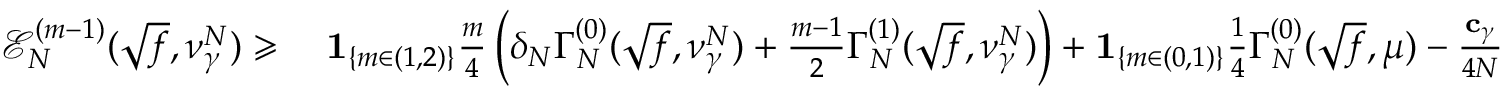
\begin{array} { r l } { \mathcal { E } _ { N } ^ { ( m - 1 ) } ( \sqrt { f } , \nu _ { \gamma } ^ { N } ) \geqslant } & { \; \mathbf { 1 } _ { \{ m \in ( 1 , 2 ) \} } \frac { m } { 4 } \left( \delta _ { N } \Gamma _ { N } ^ { ( 0 ) } ( \sqrt { f } , \nu _ { \gamma } ^ { N } ) + \frac { m - 1 } { 2 } \Gamma _ { N } ^ { ( 1 ) } ( \sqrt { f } , \nu _ { \gamma } ^ { N } ) \right) + \mathbf { 1 } _ { \{ m \in ( 0 , 1 ) \} } \frac 1 4 \Gamma _ { N } ^ { ( 0 ) } ( \sqrt { f } , \mu ) - \frac { \mathbf { c } _ { \gamma } } { 4 N } \vphantom { \Bigg ( } } \end{array}